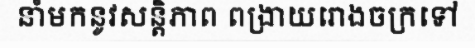
នាំមកនូវសន្តិភាព ពង្រាយរោងចក្រទៅ